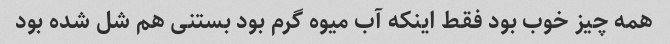
همه چیز خوب بود فقط اینکه آب میوه گرم بود بستنی هم شل شده بود